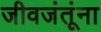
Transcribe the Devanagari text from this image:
जीवजंतूंना